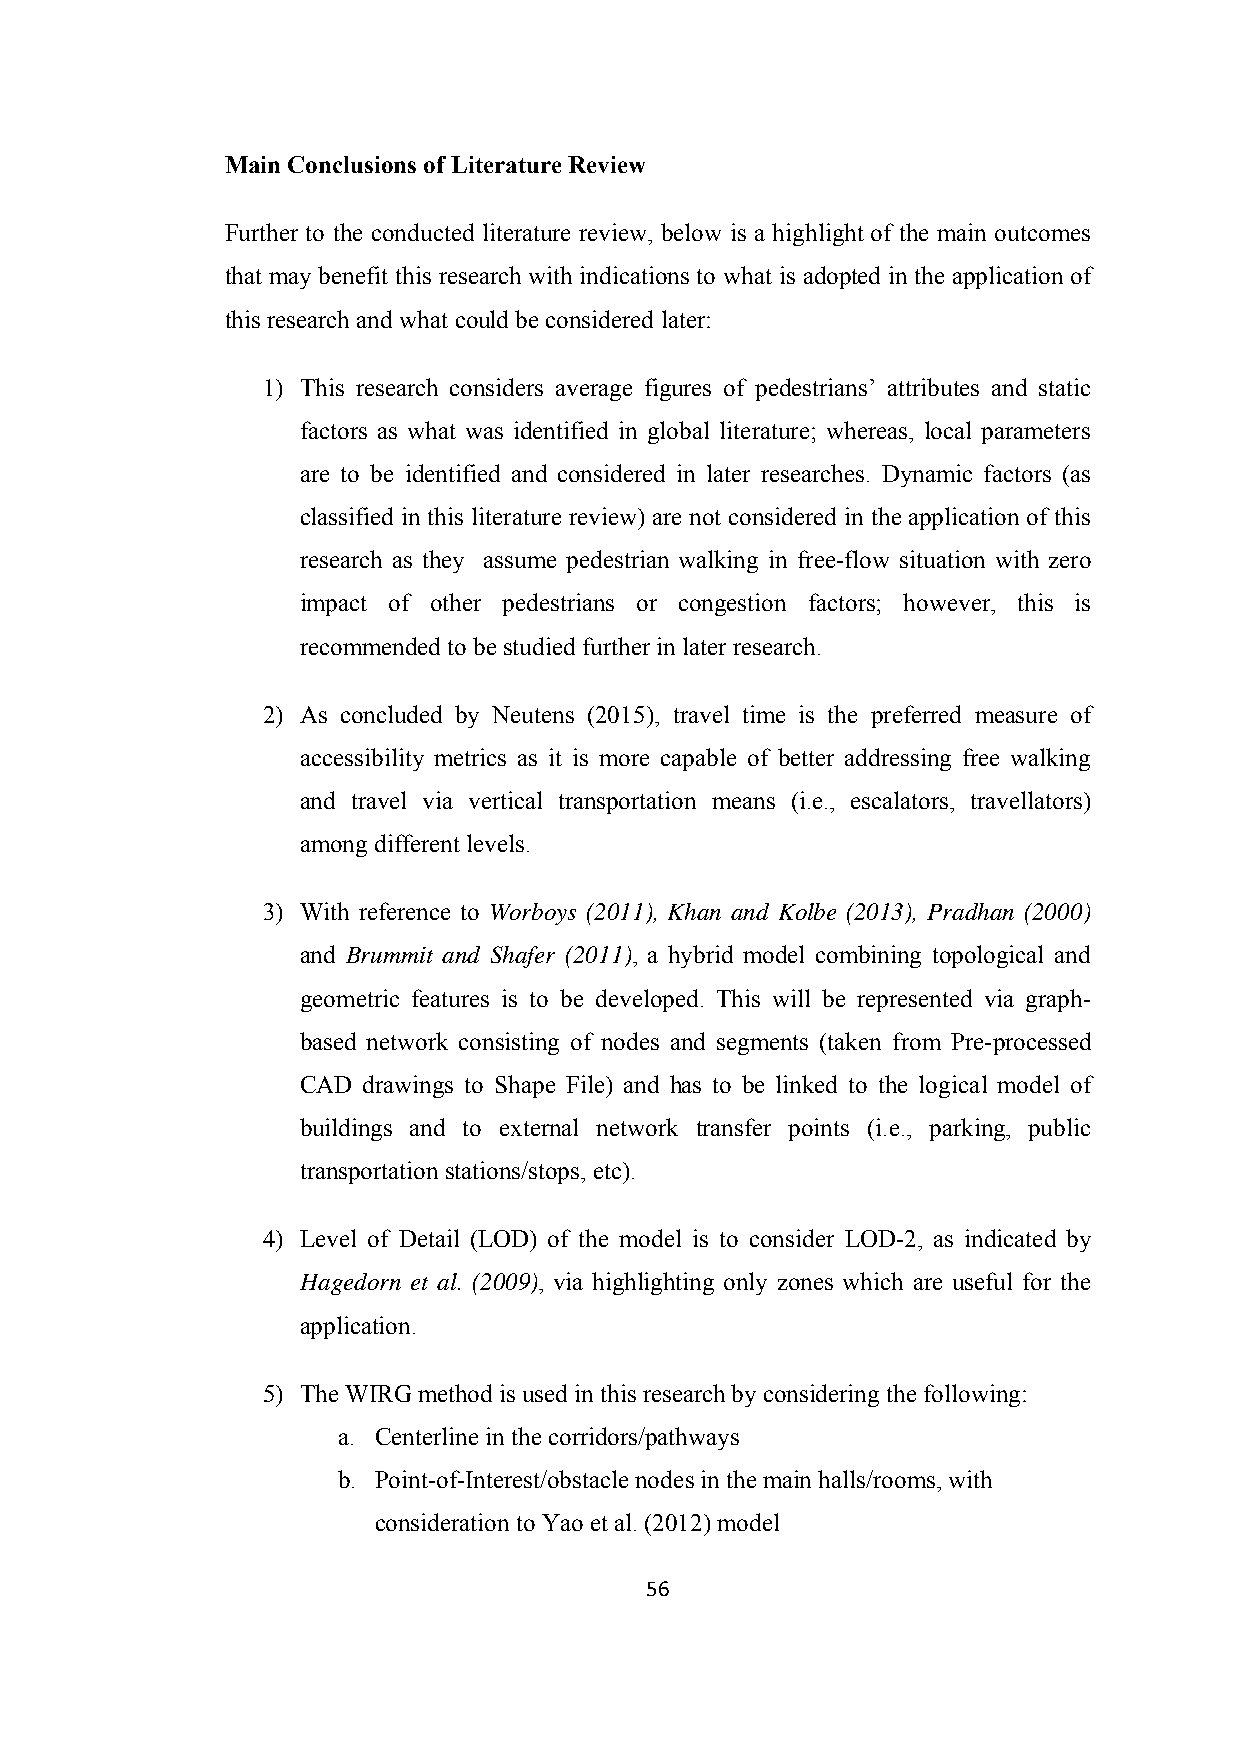
Main Conclusions of Literature Review
 Further to the conducted literature review, below is a highlight of the main outcomes
 that may benefit this research with indications to what is adopted in the application of
 this research and what could be considered later:
 1) This research considers average figures of pedestrians’ attributes and static
 factors as what was identified in global literature; whereas, local parameters
 are to be identified and considered in later researches. Dynamic factors (as
 classified in this literature review) are not considered in the application of this
 research as they assume pedestrian walking in free-flow situation with zero
 impact of other pedestrians or congestion factors; however, this is
 recommended to be studied further in later research.
 2) As concluded by Neutens (2015), travel time is the preferred measure of
 accessibility metrics as it is more capable of better addressing free walking
 and travel via vertical transportation means (i.e., escalators, travellators)
 among different levels.
 3) With reference to Worboys (2011), Khan and Kolbe (2013), Pradhan (2000)
 and Brummit and Shafer (2011), a hybrid model combining topological and
 geometric features is to be developed. This will be represented via graph-
 based network consisting of nodes and segments (taken from Pre-processed
 CAD drawings to Shape File) and has to be linked to the logical model of
 buildings and to external network transfer points (i.e., parking, public
 transportation stations/stops, etc).
 4) Level of Detail (LOD) of the model is to consider LOD-2, as indicated by
 Hagedorn et al. (2009), via highlighting only zones which are useful for the
 application.
 5) The WIRG method is used in this research by considering the following:
 a. Centerline in the corridors/pathways
 b. Point-of-Interest/obstacle nodes in the main halls/rooms, with
 consideration to Yao et al. (2012) model
 56